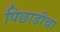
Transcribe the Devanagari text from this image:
पिछाडीचा